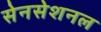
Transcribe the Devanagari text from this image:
सेनसेशनल